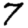
Digit: 7